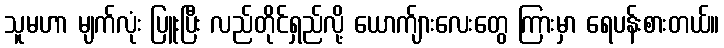
သူမဟာ မျက်လုံး ပြူးပြီး လည်တိုင်ရှည်လို့ ယောက်ျားလေးတွေ ကြားမှာ ရေပန်းစားတယ်။